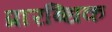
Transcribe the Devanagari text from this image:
प्रारब्धिक